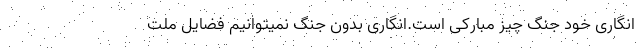
انگاری خود جنگ چیز مبارکی است.انگاری بدون جنگ نمیتوانیم فضایل ملت